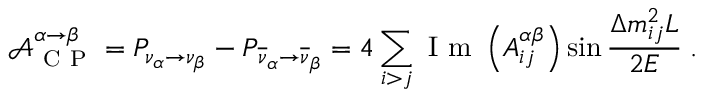
\mathcal { A } _ { \mathrm { ~ C ~ P ~ } } ^ { \alpha \rightarrow \beta } = P _ { \nu _ { \alpha } \rightarrow \nu _ { \beta } } - P _ { \overline { { \nu } } _ { \alpha } \rightarrow \overline { { \nu } } _ { \beta } } = 4 \sum _ { i > j } \mathrm { ~ I ~ m ~ } \left( A _ { i j } ^ { \alpha \beta } \right) \sin \frac { \Delta m _ { i j } ^ { 2 } L } { 2 E } \; .